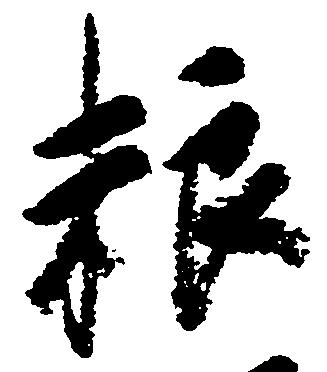
粮